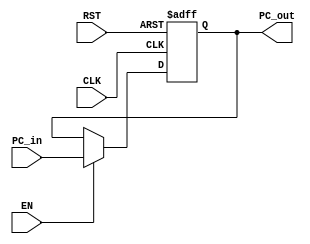
`timescale 1ns / 1ps
//////////////////////////////////////////////////////////////////////////////////
// Company: 
// Engineer: 
// 
// Design Name: 
// Module Name: Prog_Counter_Register
// Project Name: 
// Target Devices: 
// Tool Versions: 
// Description: 
// 
// Dependencies: 
// 
// Revision:
// Revision 0.01 - File Created
// Additional Comments:
// 
//////////////////////////////////////////////////////////////////////////////////


 module Prog_Counter_Register #(parameter WL = 32)
                            (input wire CLK, RST, EN,
                             input wire [WL - 1:0] PC_in,
                             output reg [WL - 1:0] PC_out);

//now what exactly is this meant to do?
//idk, just build something
    always @(posedge CLK or posedge RST)
    begin
        if(RST) PC_out <= 0;
        else
        begin
            if(EN) PC_out <= PC_in;
        end
    end

endmodule